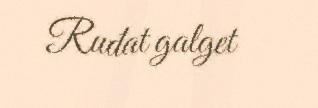
Ruđat galget